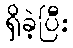
ရှိခဲ့ပြီး